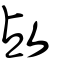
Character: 敁